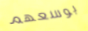
بوسعهم